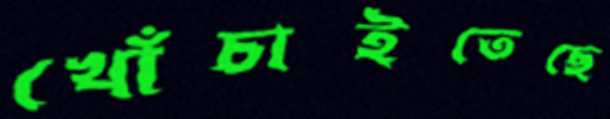
খোঁচাইতেছে